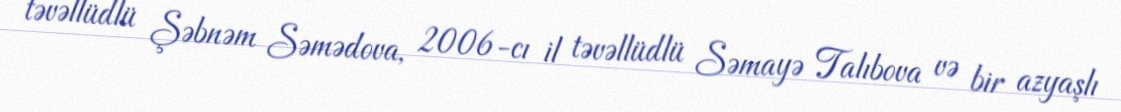
təvəllüdlü Şəbnəm Səmədova, 2006-cı il təvəllüdlü Səmayə Talıbova və bir azyaşlı